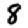
Digit: 8